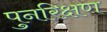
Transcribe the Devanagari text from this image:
पुनरिक्षण